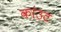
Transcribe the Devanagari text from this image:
कांउट